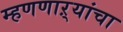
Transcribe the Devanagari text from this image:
म्हणणाऱ्यांचा